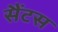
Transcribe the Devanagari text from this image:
सैंटस